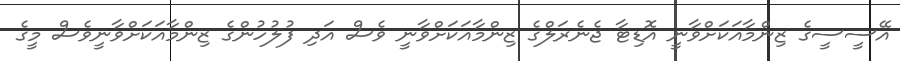
އޭސީސީގެ ޒިންމާއަކަށްވާނީ އޮޑިޓާ ޖެނެރަލްގެ ޒިންމާއަކަށްވާނީ ވެސް އަދި ފުލުހުންގެ ޒިންމާއަކަށްވާނީވެސް މީގެ